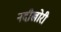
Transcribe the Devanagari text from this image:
नदीखोरी